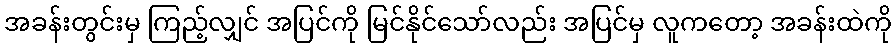
အခန်းတွင်းမှ ကြည့်လျှင် အပြင်ကို မြင်နိုင်သော်လည်း အပြင်မှ လူကတော့ အခန်းထဲကို